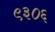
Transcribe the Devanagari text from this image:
९३०६